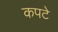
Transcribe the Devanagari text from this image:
कपटे